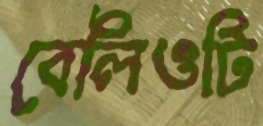
বেলিওটি